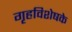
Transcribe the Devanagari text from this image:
गृहविशेषके